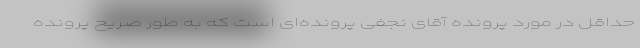
حداقل در مورد پرونده آقای نجفی پرونده‌ای است که به طور صریح پرونده